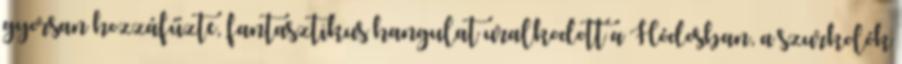
gyorsan hozzáfűzte, fantasztikus hangulat uralkodott a Hódosban, a szurkolók